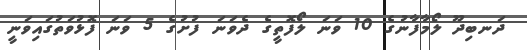
ދަނބިދޫ ލޯމާފާނުގެ 10 ވަނަ ލޯފޮތީގެ ދެވަނަ ފުށުގެ 5 ވަނަ ފޮޅުވަތުގައިވަނީ